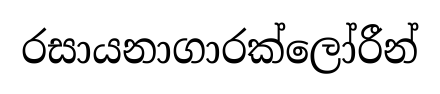
රසායනාගාරක්ලෝරීන්